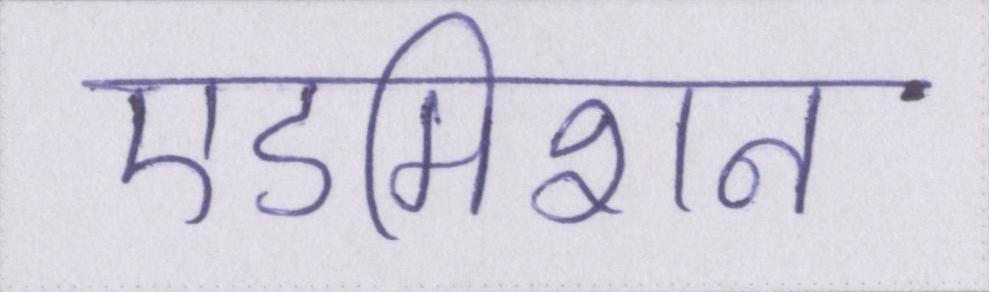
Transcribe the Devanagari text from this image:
एडमिशन